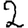
Digit: 2